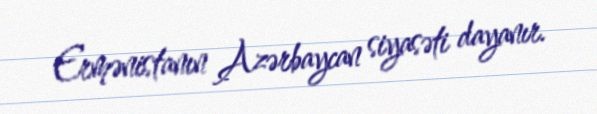
Ermənistanın Azərbaycan siyasəti dayanır.